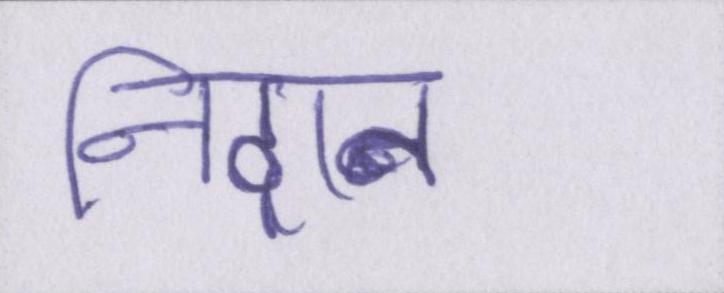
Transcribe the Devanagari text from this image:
निदान